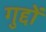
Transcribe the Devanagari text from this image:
गुद्दों